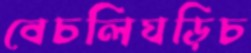
বেচলিঘড়িচ